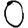
Digit: 0